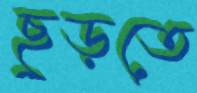
ছুড়তে